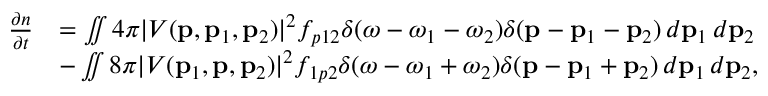
\begin{array} { r l } { \frac { \partial n } { \partial t } } & { = \iint 4 \pi | V ( \mathbf { p } , \mathbf { p } _ { 1 } , \mathbf { p } _ { 2 } ) | ^ { 2 } f _ { p 1 2 } \delta ( \omega - \omega _ { 1 } - \omega _ { 2 } ) \delta ( \mathbf { p } - \mathbf { p } _ { 1 } - \mathbf { p } _ { 2 } ) \, d \mathbf { p } _ { 1 } \, d \mathbf { p } _ { 2 } } \\ & { - \iint 8 \pi | V ( \mathbf { p } _ { 1 } , \mathbf { p } , \mathbf { p } _ { 2 } ) | ^ { 2 } f _ { 1 p 2 } \delta ( \omega - \omega _ { 1 } + \omega _ { 2 } ) \delta ( \mathbf { p } - \mathbf { p } _ { 1 } + \mathbf { p } _ { 2 } ) \, d \mathbf { p } _ { 1 } \, d \mathbf { p } _ { 2 } , } \end{array}